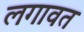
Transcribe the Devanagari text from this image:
लगावत